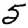
Digit: 5